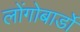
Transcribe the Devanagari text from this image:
लोंगोबार्डों